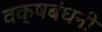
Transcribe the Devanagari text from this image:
वक्षबंधनी